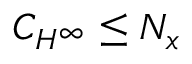
C _ { H ^ { \infty } } \leq N _ { x }